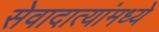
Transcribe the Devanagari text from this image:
सेवादात्यांमध्ये